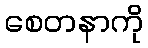
စေတနာကို